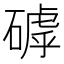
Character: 𥕕